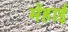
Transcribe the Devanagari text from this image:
मेंहाई